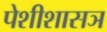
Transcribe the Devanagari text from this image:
पेशीशासञ